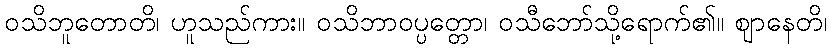
ဝသိဘူတောတိ၊ ဟူသည်ကား။ ဝသိဘာဝပ္ပတ္တော၊ ဝသီဘော်သို့ရောက်၏။ ဈာနေတိ၊